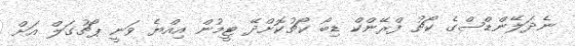
ނެދަލޭންޑްސްގެ ކޯޗު ފްރޭންކް ޑިބޯ ކޯޗުކޮށްދޭ ޓީމުން އިއްޔެ ވަނީ ޕޯޗުގަލް އަށް